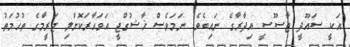
އަކީ ސައޫދީ ޖާސޫސީ އިދާރާގެ ނައިބެވެ. ނަމަވެސް ޚާޝުގްޖީ އަވަހާރަކޮށްލި ޖަރީމާގެ ތުހުމަތު